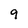
Character: 9